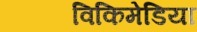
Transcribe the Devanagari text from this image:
विकिमेडिया